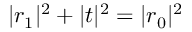
| r _ { 1 } | ^ { 2 } + | t | ^ { 2 } = | r _ { 0 } | ^ { 2 }